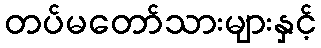
တပ်မတော်သားများနှင့်